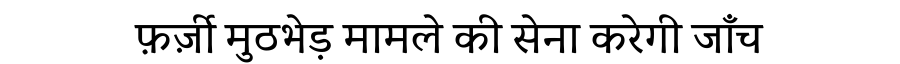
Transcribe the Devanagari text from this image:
फ़र्ज़ी मुठभेड़ मामले की सेना करेगी जाँच